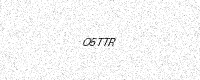
Text: O5TTR